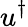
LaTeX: u^{\dagger}